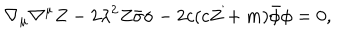
\nabla _ { \mu } \nabla ^ { \mu } Z - 2 \lambda ^ { 2 } Z \bar { \sigma } \sigma - 2 c ( c Z + m ) \bar { \phi } \phi = 0 ,